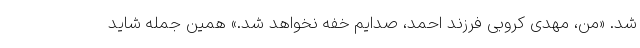
شد. «من، مهدی کروبی فرزند احمد، صدایم خفه نخواهد شد.» همین جمله شاید